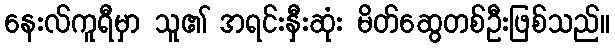
နေးလ်ကူရီမှာ သူ၏ အရင်းနှီးဆုံး မိတ်ဆွေတစ်ဦးဖြစ်သည်။